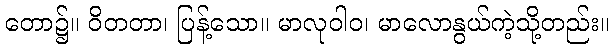
တော၌။ ဝိတတာ၊ ပြန့်သော။ မာလုဝါဝ၊ မာလောနွယ်ကဲ့သို့တည်း။